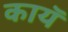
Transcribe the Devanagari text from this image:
कायॅ